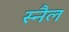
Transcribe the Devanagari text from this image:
स्नैल